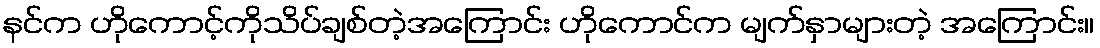
နင်က ဟိုကောင့်ကိုသိပ်ချစ်တဲ့အကြောင်း ဟိုကောင်က မျက်နှာများတဲ့ အကြောင်း။